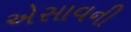
એસાવની